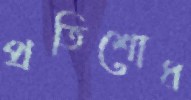
প্রতিশোধ